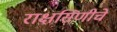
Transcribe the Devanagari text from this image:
राक्षसिणीचे